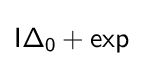
{\mathsf {I\Delta _{0}+exp}}